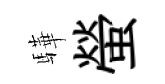
驊螢